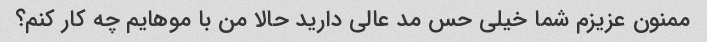
ممنون عزیزم شما خیلی حس مد عالی دارید حالا من با موهایم چه کار کنم؟